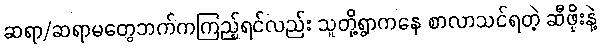
ဆရာ/ဆရာမတွေဘက်ကကြည့်ရင်လည်း သူတို့ရွာကနေ စာလာသင်ရတဲ့ ဆီဖိုးနဲ့